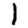
Digit: 1